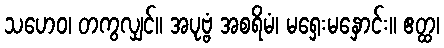
သဟေဝ၊ တကွလျှင်။ အပုဗ္ဗံ အစရိမံ၊ မရှေးမနှောင်း။ ဧတ္ထ၊